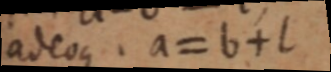
adeoque. a = b + l